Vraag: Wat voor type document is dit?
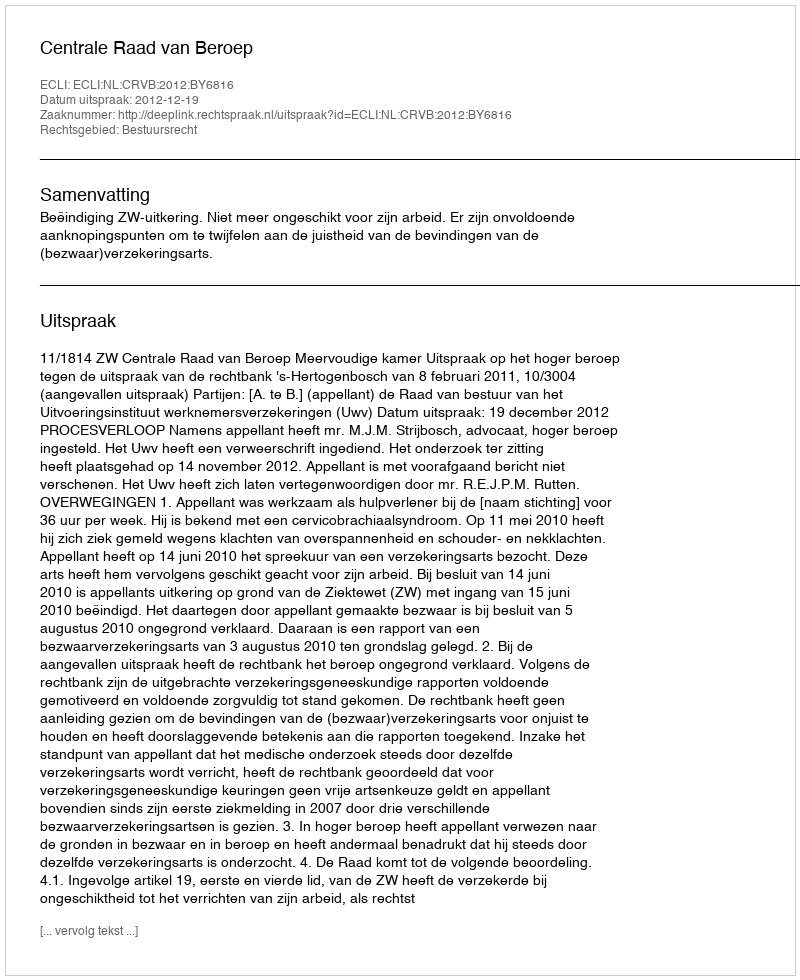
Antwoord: Uitspraak